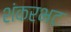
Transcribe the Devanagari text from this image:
शंकरभट